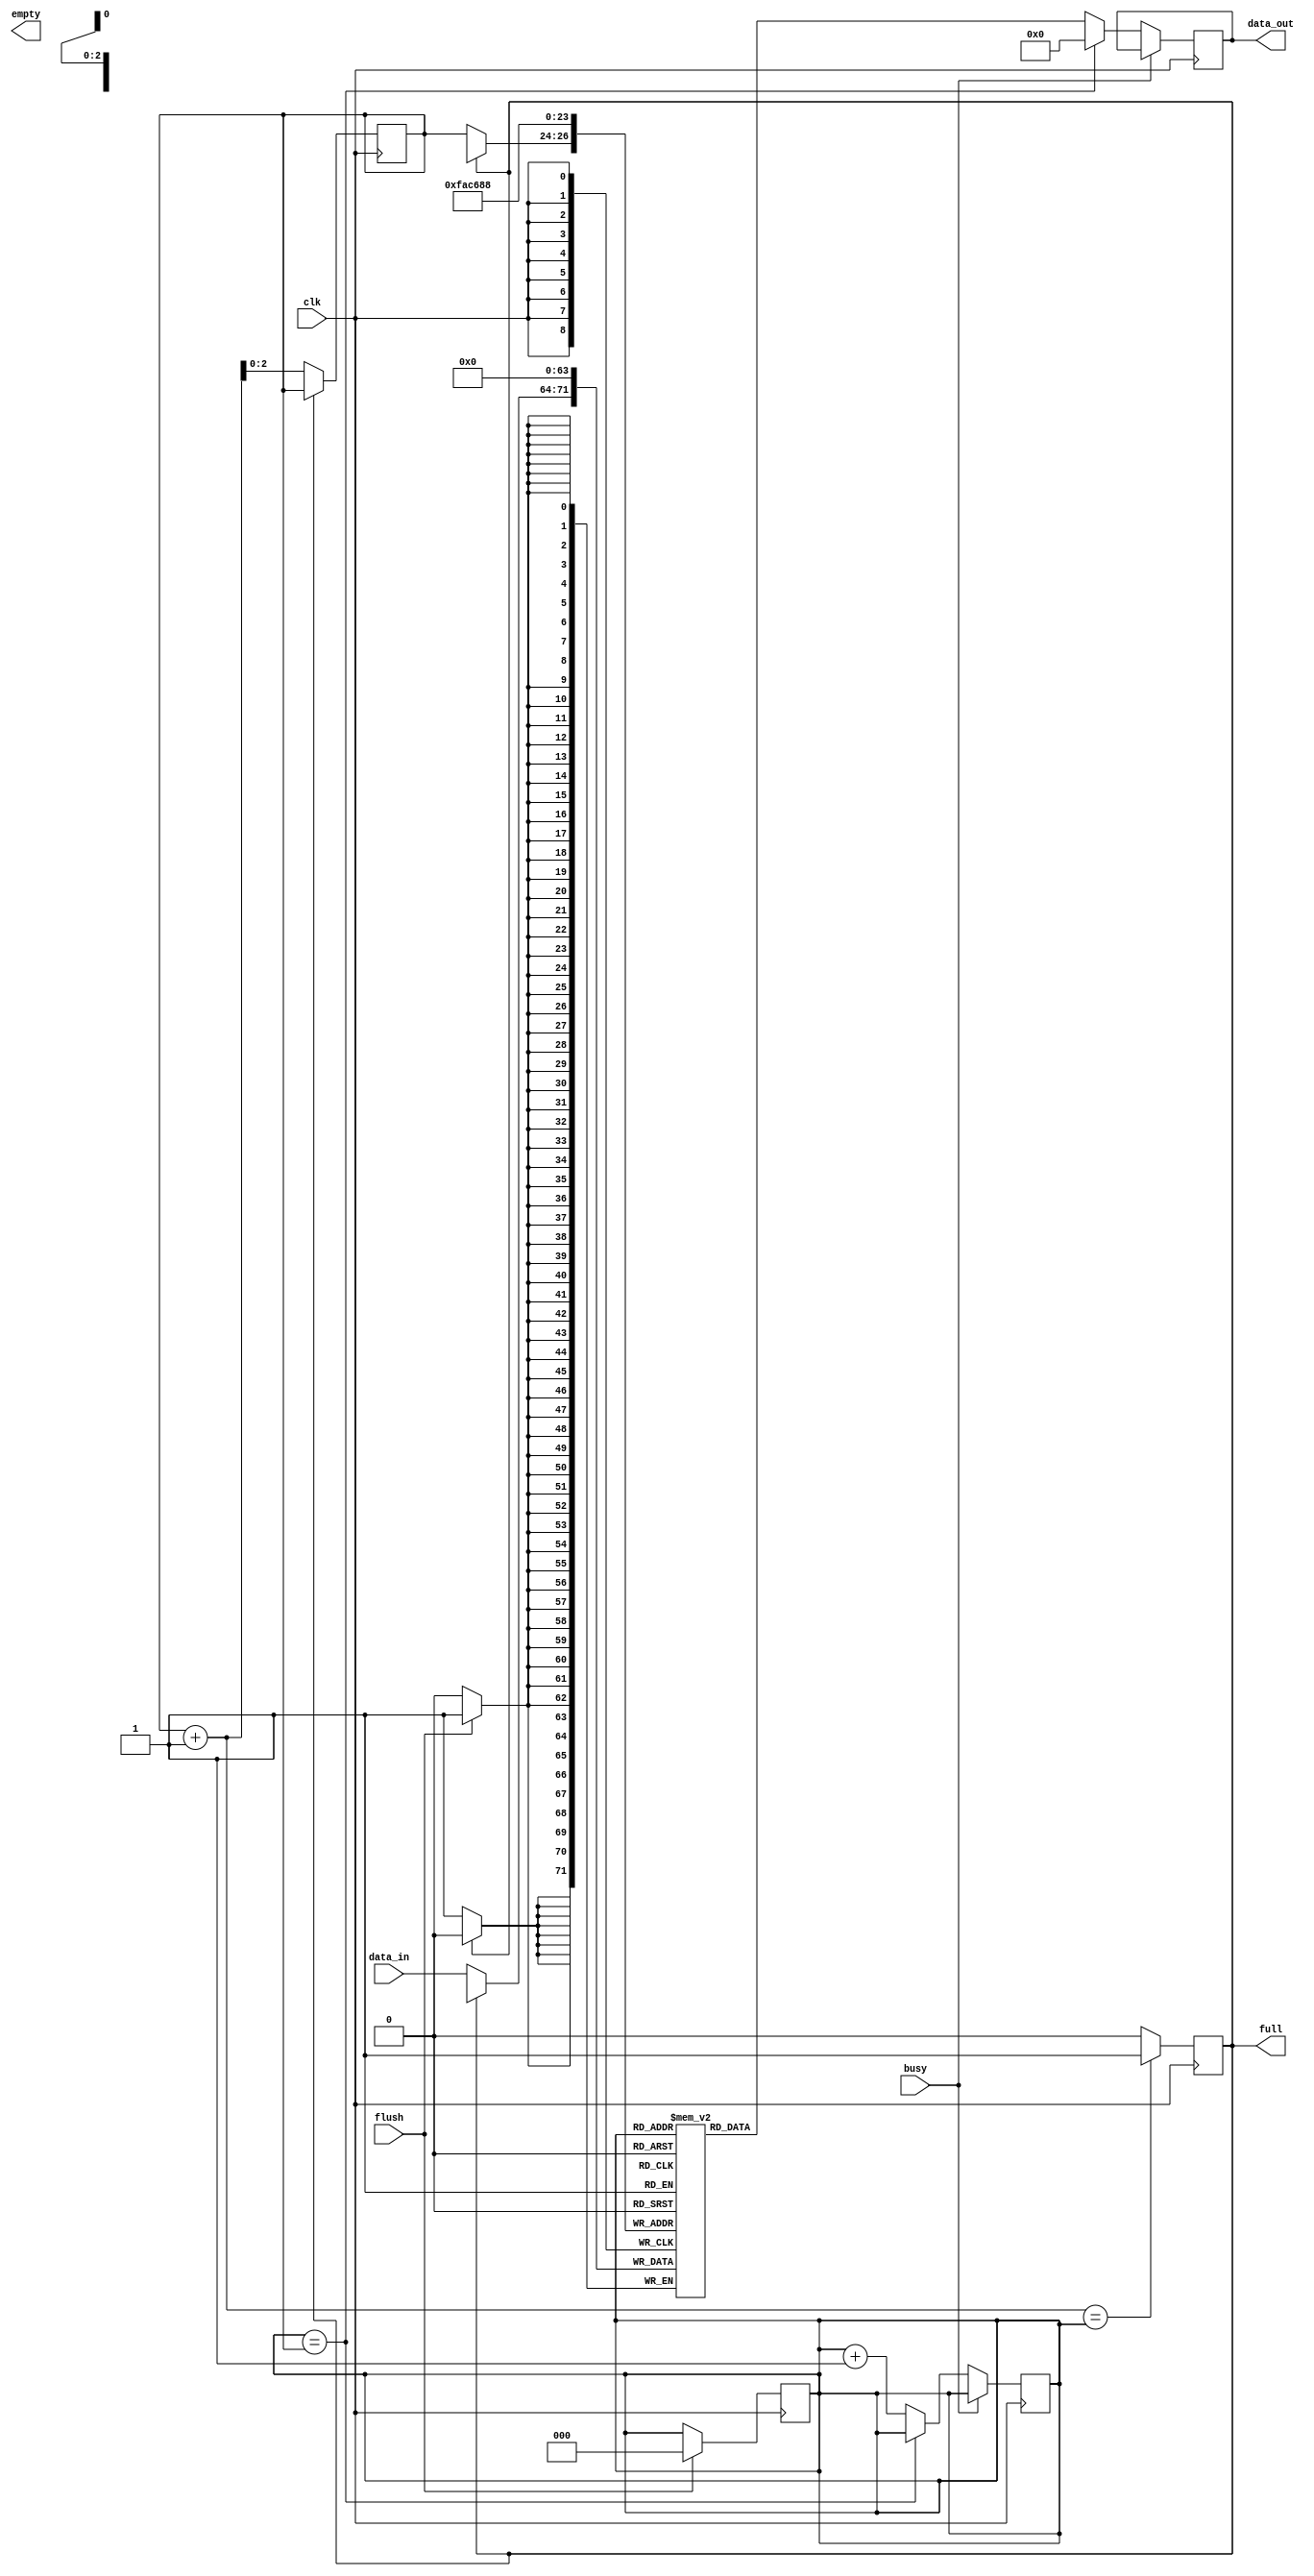
`timescale 1ns / 1ns
//////////////////////////////////////////////////////////////////////////////////
// Company: 
// Engineer: 
// 
// Design Name: 
// Module Name: pipeline_v1
// Project Name: 
// Target Devices: 
// Tool Versions: 
// Description: 
// 
// Dependencies: 
// 
// Revision:
// Revision 0.01 - File Created
// Additional Comments:
// 
//////////////////////////////////////////////////////////////////////////////////


module pipeline_v1(
    input clk,
    input busy,
    input flush,
    output reg full,
    output reg empty,
    input [7:0] data_in,
    output reg [7:0] data_out
    );
    
reg [7:0] queue [7:0];  // Create 8 Byte Queue.      
reg [2:0] head;         //Data goes to CPU from Head.
reg [2:0] tail;         //Data comes to the Queue from Tail.

initial
begin
    full <= 0;
    data_out <= 0;      //Replace with OpCode for NOP.
    head <= 0;
    tail <= 0;
end
    
always@(posedge clk)
begin
    if (flush)
    begin
        queue[0] <= 0;
        queue[1] <= 0;
        queue[2] <= 0;
        queue[3] <= 0;
        queue[4] <= 0;
        queue[5] <= 0;
        queue[6] <= 0;
        queue[7] <= 0;
        head <= 0;
        tail <= 0;
    end
    
    if (tail + 1 == head)
        full <= 1;
    else
        full <= 0;
    
    if (!full)
    begin
        queue[tail] <= data_in;
        tail = tail + 1;
    end    
    
    
end    

always@(negedge clk)
begin
    if (!busy)
        begin
            if (head == tail)
            begin
                data_out <=  0;     //Pipeline Empty, stall the processor. 
            end
            else
            begin
                data_out <= queue[head];
                head <= head + 1;
            end
        end
end
    
endmodule